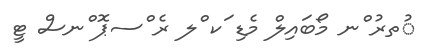
ުތރު ްނ މޯބައިލް މެޑި ަކ ްލ ރެ ްސޕޮ ްނސް ޓީ